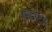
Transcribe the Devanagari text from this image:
मूव्हमेंट्स